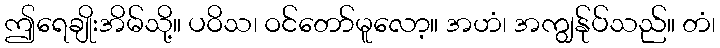
ဤရေချိုးအိမ်သို့။ ပဝိသ၊ ဝင်တော်မူလော့။ အဟံ၊ အကျွန်ုပ်သည်။ တံ၊